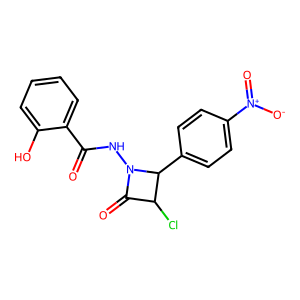
SMILES: O=C(NN1C(=O)C(Cl)C1c1ccc([N+](=O)[O-])cc1)c1ccccc1O
Inhibits HIV replication: No